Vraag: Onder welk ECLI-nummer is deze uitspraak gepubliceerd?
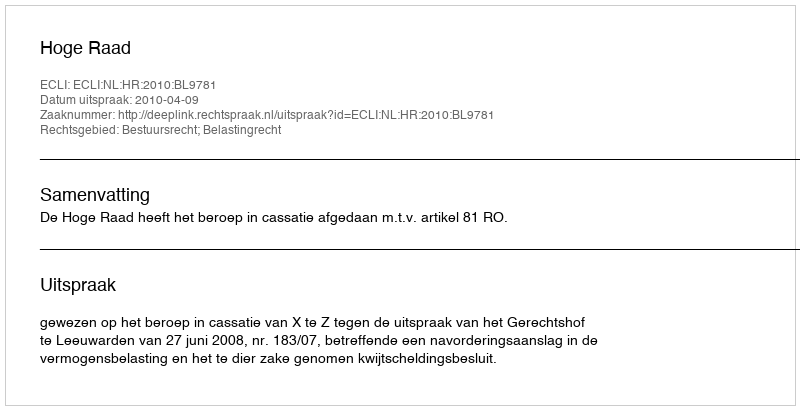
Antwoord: ECLI:NL:HR:2010:BL9781